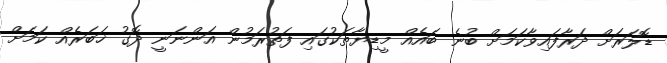
ޑޮލަރަށް ދަރާފައިވާކަމަށް ބުނެ ބައެއް މީޑިޔާތަކުގައި ފަތުރަމުން އަންނަނީ ދޮގު ޚަބަރެއް ކަމަށް